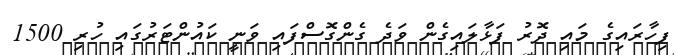
ފިހާރައިގެ މައި ދޮރު ފަޅާލައިގެން ވަދެ ގެންގޮސްފައި ވަނީ ކައުންޓަރުގައި ހުރި 1500